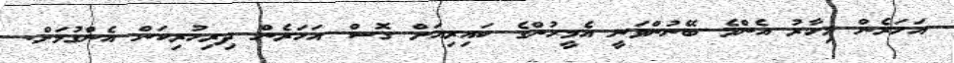
އަހަރެން މިހާރު އެންމެ ބޭނުންވަނީ އެމީހުންގެ ކައިރިއަށް ގޮސް އަހަރެން ދިރިހުރިކަން އެންގުމަށް.